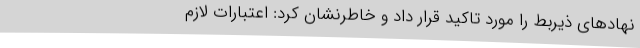
نهادهای ذیربط را مورد تاکید قرار داد و خاطرنشان کرد: اعتبارات لازم